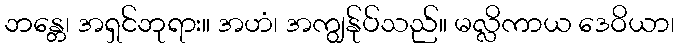
ဘန္တေ၊ အရှင်ဘုရား။ အဟံ၊ အကျွန်ုပ်သည်။ မလ္လိကာယ ဒေဝိယာ၊